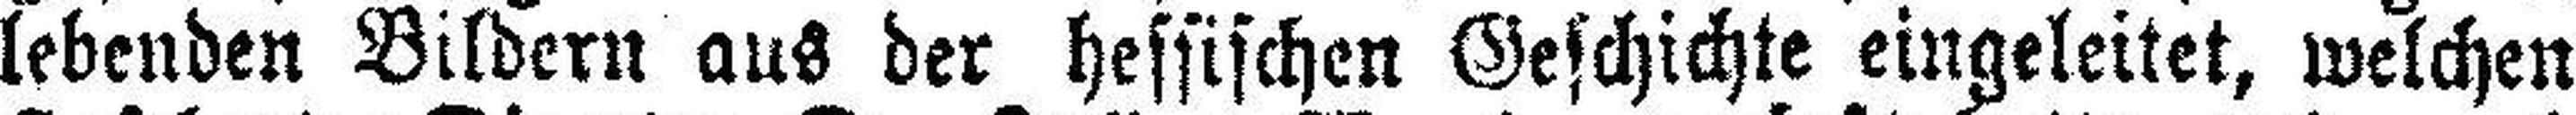
lebenden Bildern aus der hessischen Geschichte eingeleitet, welchen